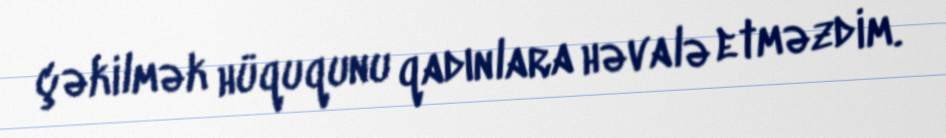
çəkilmək hüququnu qadınlara həvalə etməzdim.